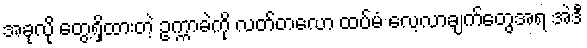
အခုလို တွေ့ရှိထားတဲ့ ဥက္ကာခဲကို လတ်တလော ထပ်မံ လေ့လာချက်တွေအရ အဲဒီ